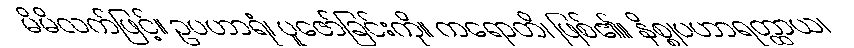
မိမိလက်ဖြင့်။ ဥပဟာရံ၊ ပူဇော်ခြင်းကို။ ကရောတိ၊ ဖြစ်၏။ နိစ္စုပဟာရတ္ထာယ၊